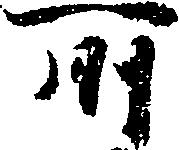
所